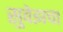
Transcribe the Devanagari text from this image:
सुवेझचा